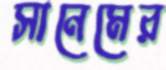
সানেমের